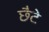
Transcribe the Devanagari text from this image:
छैटे